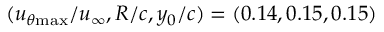
( u _ { \theta \mathrm { { m a x } } } / u _ { \infty } , R / c , y _ { 0 } / c ) = ( 0 . 1 4 , 0 . 1 5 , 0 . 1 5 )